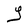
Character: Y